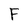
Character: F